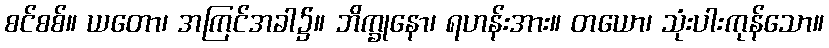
စင်စစ်။ ယတော၊ အကြင်အခါ၌။ ဘိက္ခုနော၊ ရဟန်းအား။ တယော၊ သုံးပါးကုန်သော။